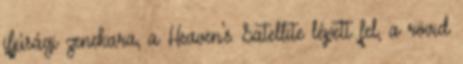
ifjúsági zenekara, a Heaven’s Satellite lépett fel, a rövid